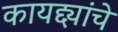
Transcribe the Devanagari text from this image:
कायद्द्यांचे